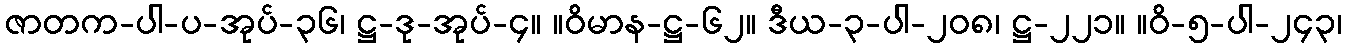
ဇာတက-ပါ-ပ-အုပ်-၃၆၊ ဋ္ဌ-ဒု-အုပ်-၄။ ။ဝိမာန-ဋ္ဌ-၆၂။ ဒီယ-၃-ပါ-၂၀၈၊ ဋ္ဌ-၂၂၁။ ။ဝိ-၅-ပါ-၂၄၃၊